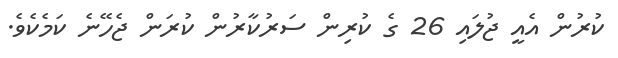
ކުރުން އެއީ ޖުލައި 26 ގެ ކުރިން ސަރުކާރުން ކުރަން ޖެހޭނެ ކަމެކެވެ.